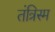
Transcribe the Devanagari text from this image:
तंत्रिस्म